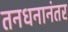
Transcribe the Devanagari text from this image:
तनधनानंतर